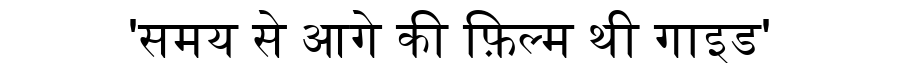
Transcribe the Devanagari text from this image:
'समय से आगे की फ़िल्म थी गाइड'